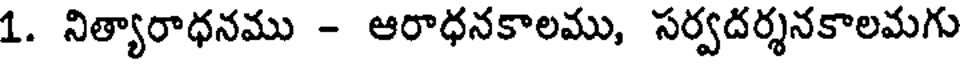
1. నిత్యారాధనము - ఆరాధనకాలము, సర్వదర్శనకాలమగు